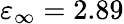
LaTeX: \varepsilon_{\infty}=2.89